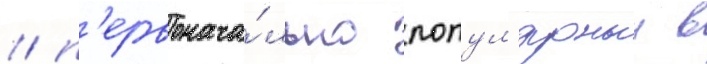
/ п'ервонача́льно попул'ярныи в